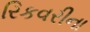
રિકવરીના